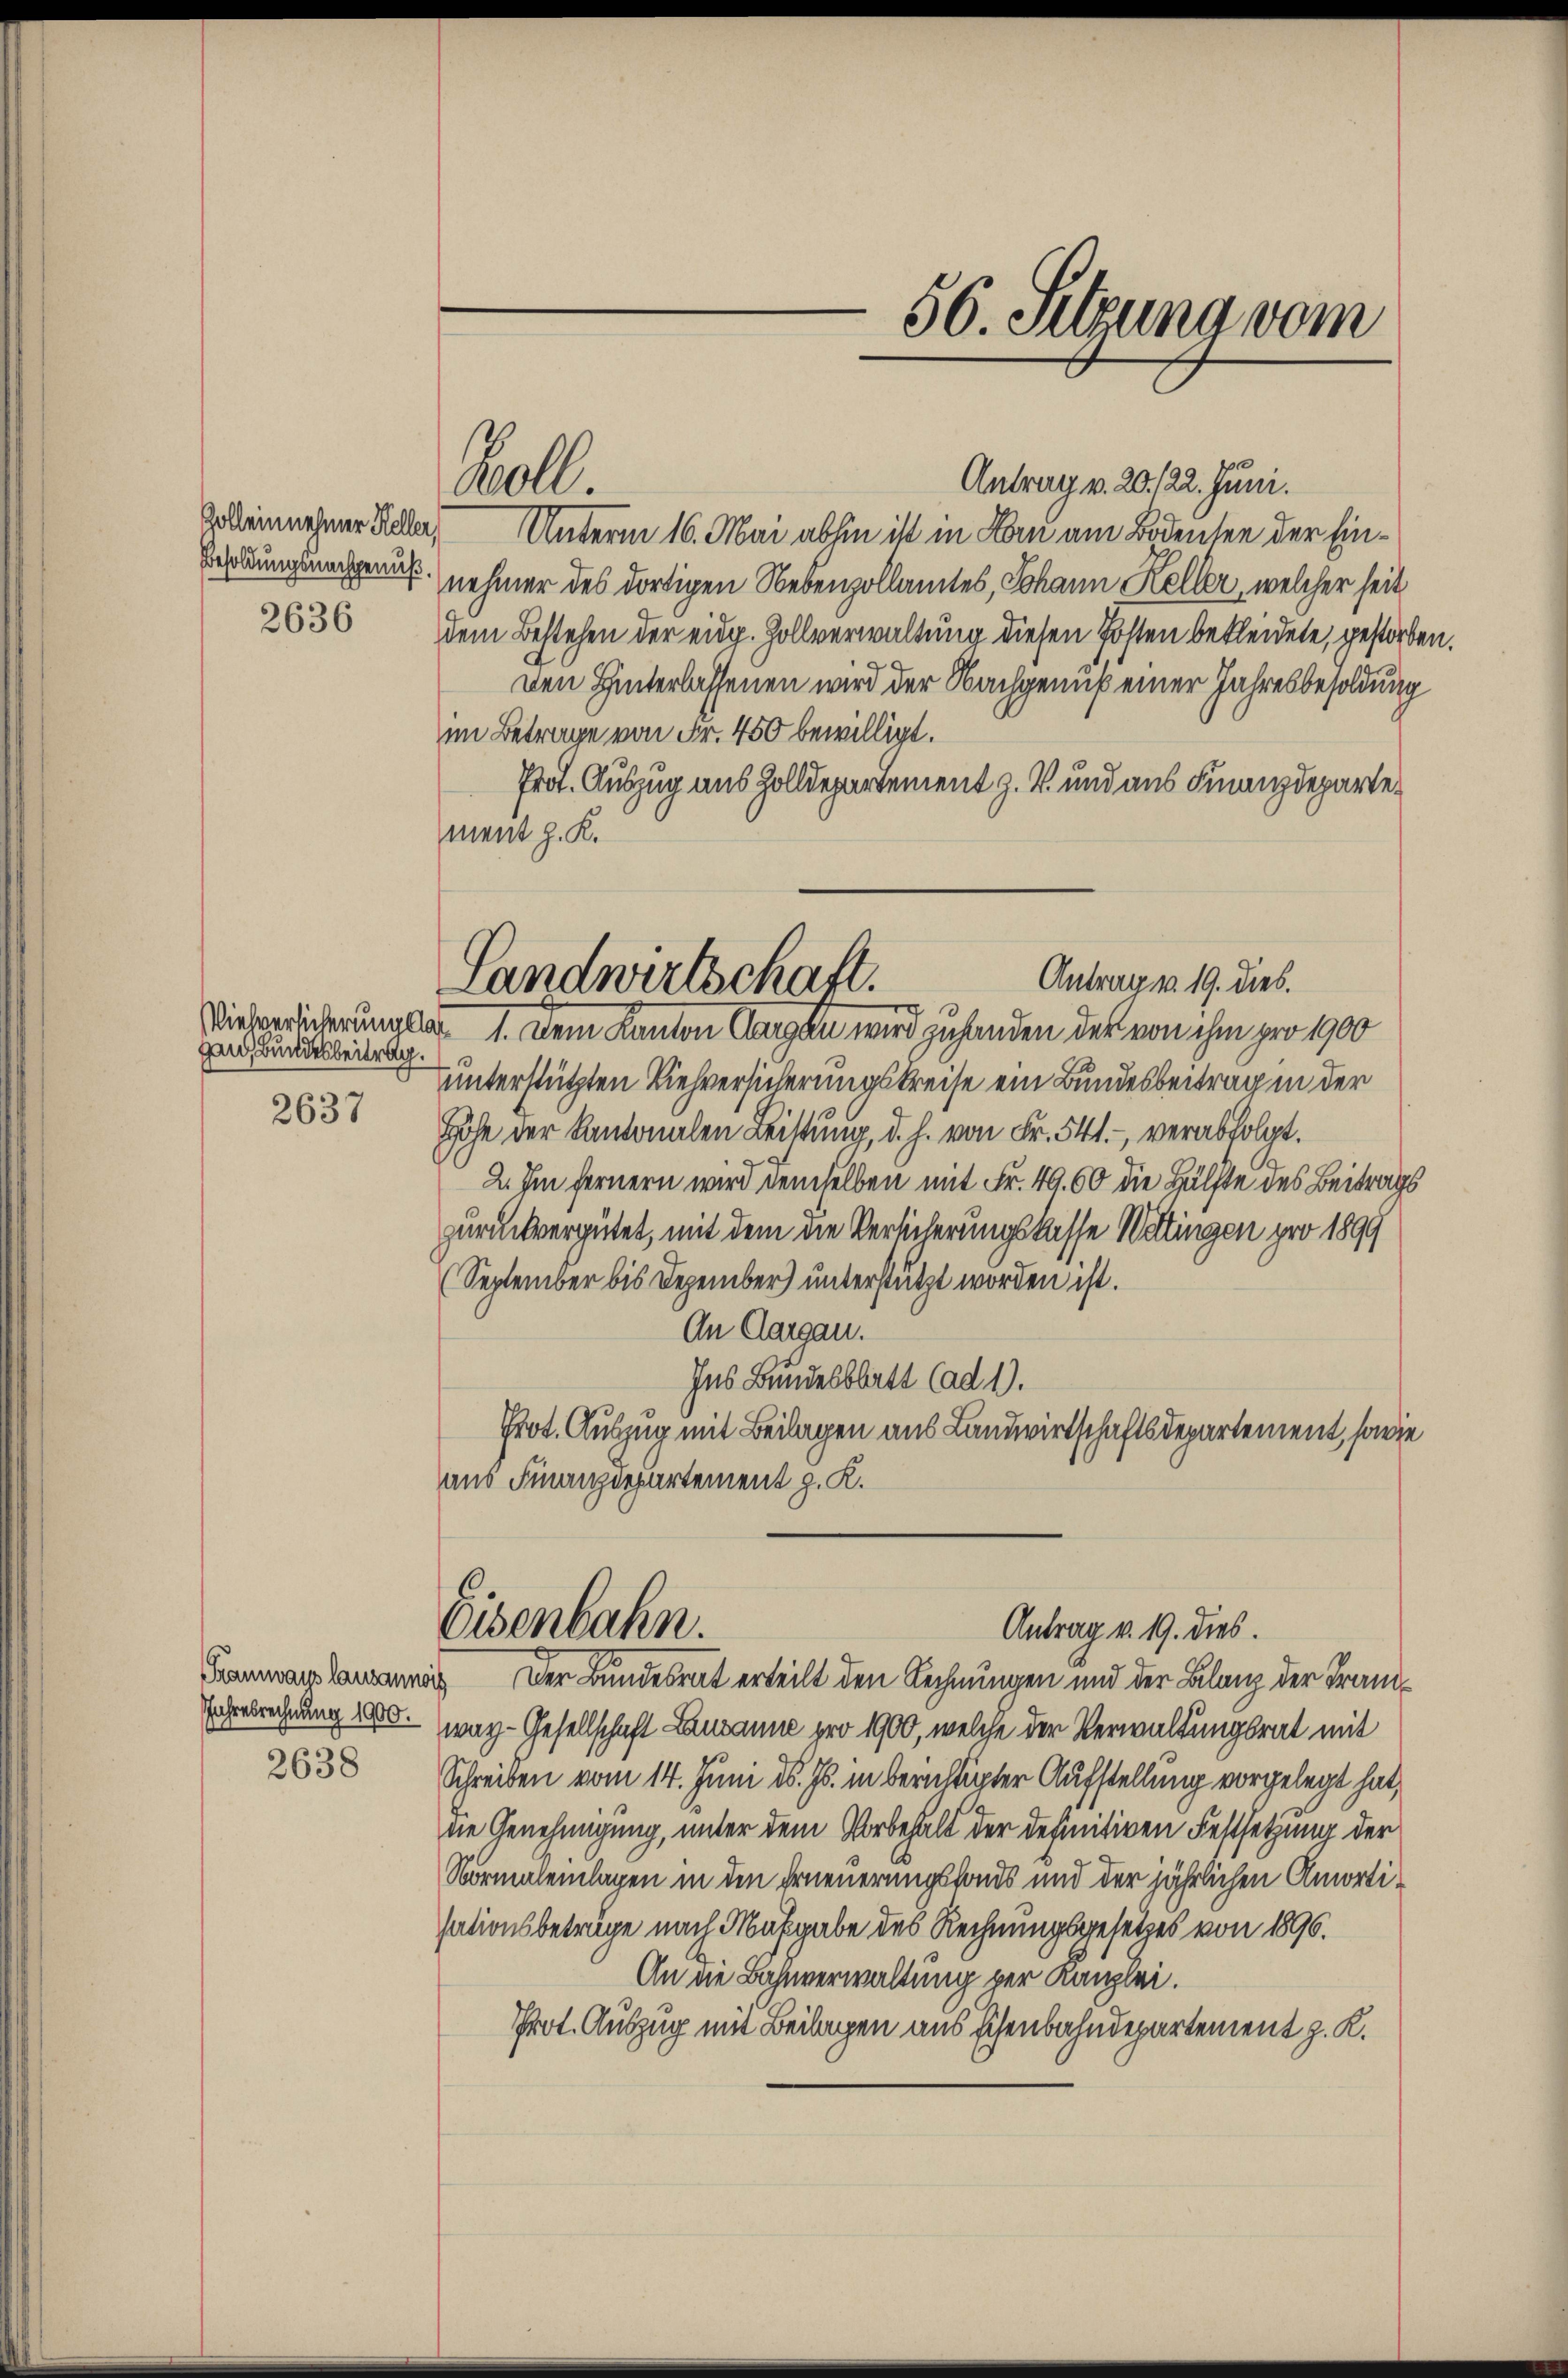
2636

gan Bundesbeitrag.

2637

Jahresrechnung 1900.

2638

Antrag v. 20. 122. Juni.
Zoleinnehmer Kelle Unterm 16. Mai abhin ist in Korn am Bodensee der Ein¬
Besoldung nachgemäß nehmer des dortigen Nebenzollamtes, Johann Keller, welcher seit
dem Bestehen der eidg. Zollverwaltung diesen Posten bekleidete, gestorben.
Den Hinterlassenen wird der Nachgenuß einer Jahresbesoldung
im Betrage von Fr. 450 bewilligt.
Prof. Auszug aus Zolldepartement z. B. und aus Finanzdepartement J. K.
Wiebericherunglas 1. Dem Kanton Aargau wird zuhanden der von ihm pro 1900
unterstützten Viehversicherungskreise ein Bundesbeitrag in der
Höhe der Kantonalen Leistung, d. h. von Fr. 541. - verabfolgt.
2. Im fernern wird demselben mit Fr. 49. 60 die Hälfte des Beitrags
zurückvergütet, mit dem die Versicherungskasse Wettingen pro 1899
(September bis Dezember) unterstützt worden ist.
An Aargau.
Ins Bundesblatt (ad 1).
Prot. Auszug mit Beilagen aus Landwirtschaftsdepartement, sowie
aus Finanzdepartement z. K.

Bell.

56. Setzung vom

war-Gesellschaft Lausanne pro 1900, welche der Verwaltungsrat mit
Schreiben vom 14. Juni d. Js. in berichtigter Aufstellung vorgelegt hat,
die Genehmigung, unter dem Vorbehalt der definitiven Festsetzung der
Normaleilagen in den Erneuerungsfonds und der jährlichen Amortisationsbeträge nach Maßgabe des Rechnungsgesetzes von 1896.
An die Bahnverwaltung per Kanzlei.
Prot. Auszug mit Beilagen aus Eisenbahndepartement z. K.

Antrag v. 19. dies.
Landwirtschaft.

Eisenbahn.
Antrag v. 19. dies.
Tramwarlamanna Der Bundesrat erteilt den Rechnungen und der Bilanz der Frand¬